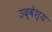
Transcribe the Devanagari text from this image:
उद्वेश्‍य